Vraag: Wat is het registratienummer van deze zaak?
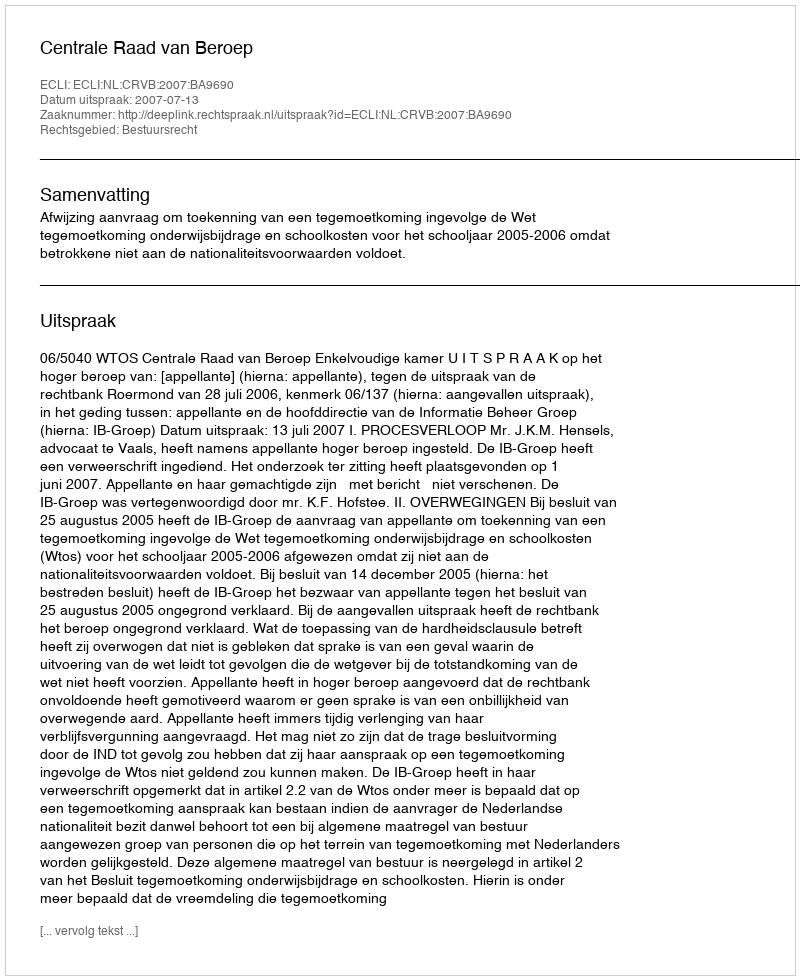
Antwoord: http://deeplink.rechtspraak.nl/uitspraak?id=ECLI:NL:CRVB:2007:BA9690